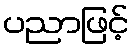
ပညာဖြင့်